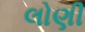
લોણી